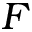
F